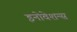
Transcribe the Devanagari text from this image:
इनोवेशन्स